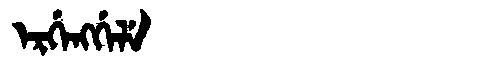
Manchu: ᡝᡵᡤᡝᠩᡤᡝᠯᡝ
Romanization: ERGENGGELE